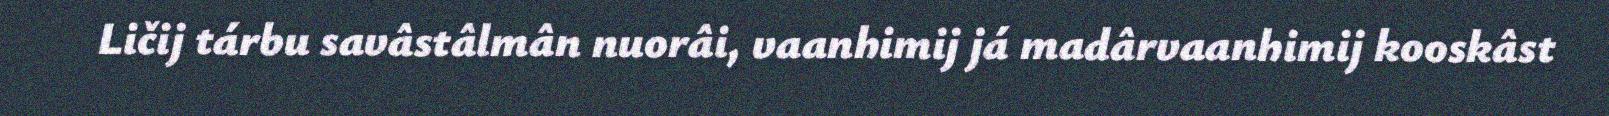
Ličij tárbu savâstâlmân nuorâi, vaanhimij já madârvaanhimij kooskâst